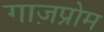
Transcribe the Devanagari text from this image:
गाज़प्रोम